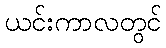
ယင်းကာလတွင်